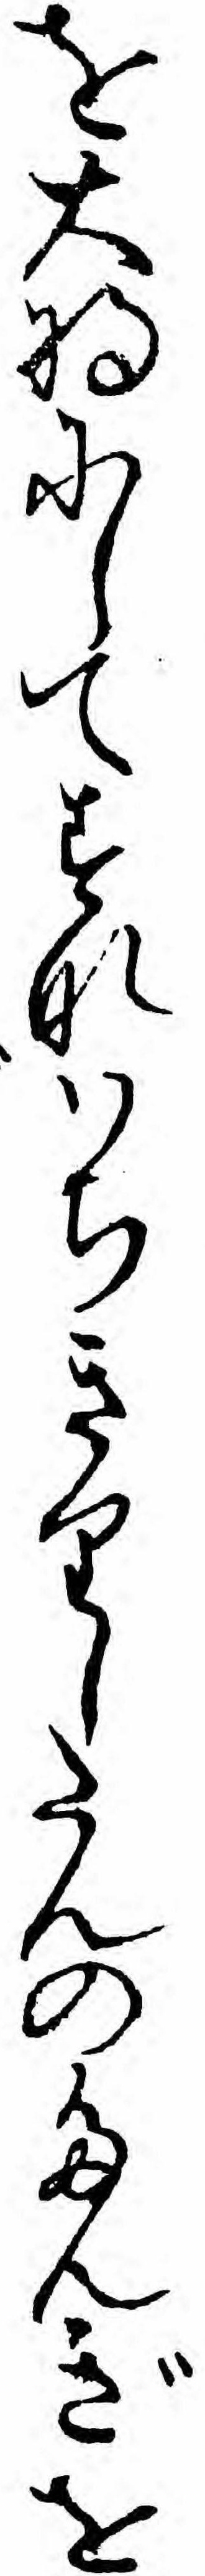
を大将にしてすなハちきりしたんのたんぎを